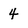
Character: 4